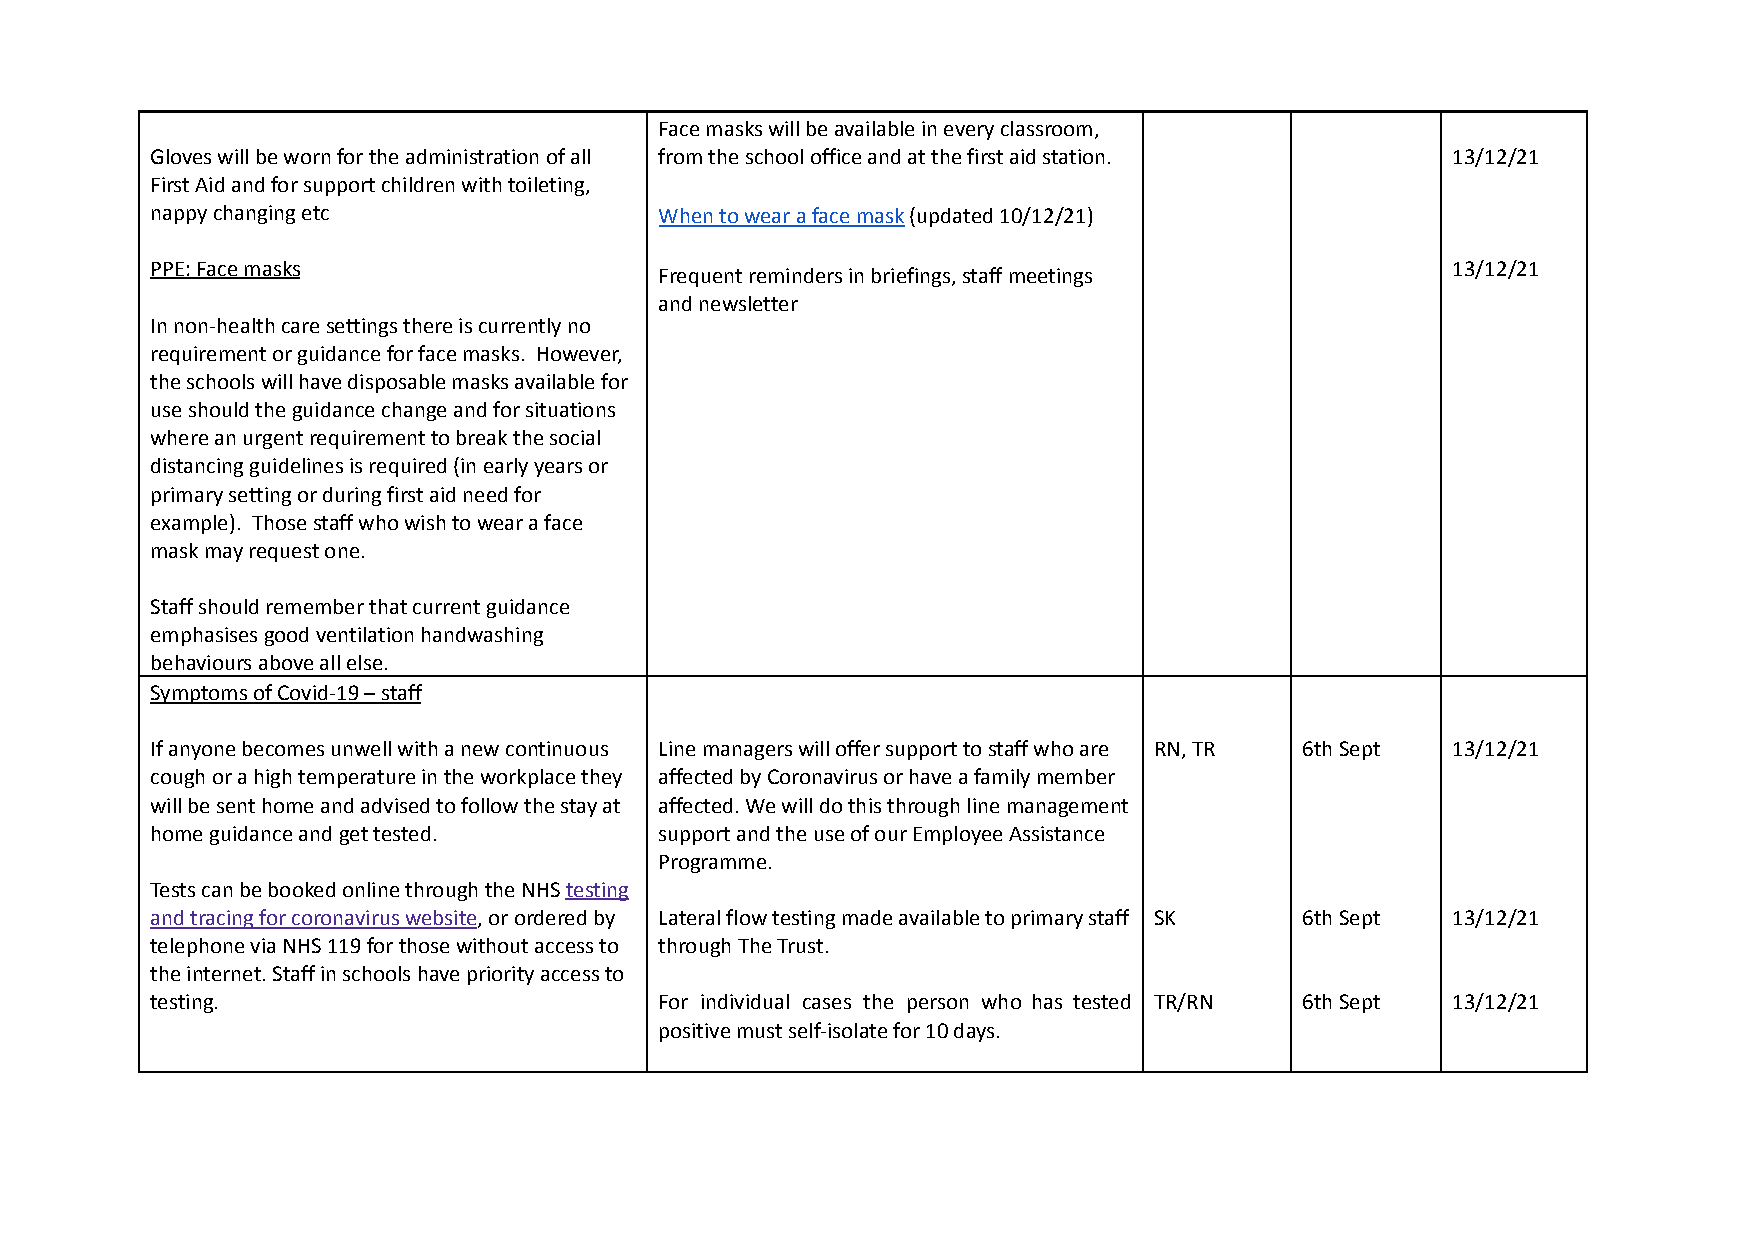
Face masks will be available in every classroom,
 Gloves will be worn for the administration of all from the school office and at the first aid station. 13/12/21
 First Aid and for support children with toileting,
 nappy changing etc                When to wear a face mask(updated 10/12/21)
 PPE: Face masks                   Frequent reminders in briefings, staff meetings     13/12/21
 and newsletter
 In non-health care settings there is currently no
 requirement or guidance for face masks. However,
 the schools will have disposable masks available for
 use should the guidance change and for situations
 where an urgent requirement to break the social
 distancing guidelines is required (in early years or
 primary setting or during first aid need for
 example). Those staff who wish to wear a face
 mask may request one.
 Staff should remember that current guidance
 emphasises good ventilation handwashing
 behaviours above all else.
 Symptoms of Covid-19 – staff
 If anyone becomes unwell with a new continuous Line managers will offer support to staff who are RN, TR 6th Sept 13/12/21
 cough or a high temperature in the workplace they affected by Coronavirus or have a family member
 will be sent home and advised to follow the stay at affected. We will do this through line management
 home guidance and get tested.     support and the use of our Employee Assistance
 Programme.
 Tests can be booked online through the NHS testing
 and tracing for coronavirus website, or ordered by Lateral flow testing made available to primary staff SK 6th Sept 13/12/21
 telephone via NHS 119 for those without access to through The Trust.
 the internet. Staff in schools have priority access to
 testing.                          For individual cases the person who has tested TR/RN 6th Sept 13/12/21
 positive must self-isolate for 10 days.